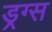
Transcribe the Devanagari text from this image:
ड्रग्‍स